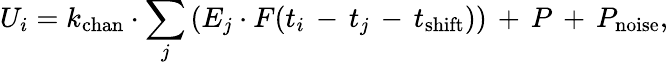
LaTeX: U_{i}=k_{\mathrm{chan}}\cdot\sum_{j}{(E_{j}\cdot F(t_{i}\, -\, t_{j}\, -\, t_{\mathrm{shift}}))\, +\, P\, +\, P_{\mathrm{noise}}},